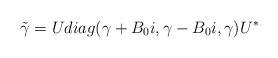
LaTeX: \begin{align*}\tilde \gamma=U diag(\gamma+B_0i,\gamma-B_0i,\gamma)U^*\end{align*}